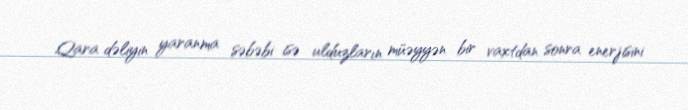
Qara dəliyin yaranma səbəbi isə ulduzların müəyyən bir vaxtdan sonra enerjisini